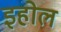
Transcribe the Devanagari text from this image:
इहोल